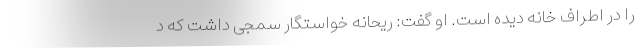
را در اطراف خانه دیده است. او گفت: ریحانه خواستگار سمجی داشت که د